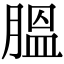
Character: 膃